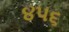
૪૫૬